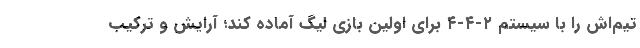
تیم‌اش را با سیستم ۲-۴-۴ برای اولین بازی لیگ آماده کند؛ آرایش و ترکیب